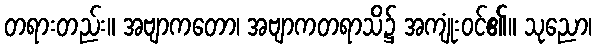
တရားတည်း။ အဗျာကတော၊ အဗျာကတရာသိ၌ အကျုံးဝင်၏။ သုညော၊